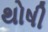
થોષી